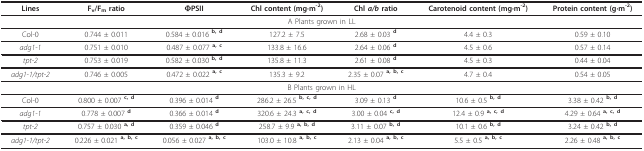
<table><thead><tr><td><b>Lines</b></td><td><b>F<sub>v</sub>/F<sub>m </sub>ratio</b></td><td><b>ΦPSII</b></td><td><b>Chl content (mg·m<sup>-2</sup>)</b></td><td><b>Chl <i>a/b </i>ratio</b></td><td><b>Carotenoid content (mg·m<sup>-2</sup>)</b></td><td><b>Protein content (g·m<sup>-2</sup>)</b></td></tr></thead><tbody><tr><td colspan="7">A Plants grown in LL</td></tr><tr><td>Col-0</td><td>0.744 ± 0.011</td><td>0.584 ± 0.016 <sup><b>b, d</b></sup></td><td>127.2 ± 7.5</td><td>2.68 ± 0.03 <sup><b>d</b></sup></td><td>4.4 ± 0.3</td><td>0.59 ± 0.10</td></tr><tr><td><i>adg1-1</i></td><td>0.751 ± 0.010</td><td>0.487 ± 0.077 <sup><b>a, c</b></sup></td><td>133.8 ± 16.6</td><td>2.64 ± 0.06 <sup><b>d</b></sup></td><td>4.5 ± 0.6</td><td>0.57 ± 0.14</td></tr><tr><td><i>tpt-2</i></td><td>0.753 ± 0.019</td><td>0.582 ± 0.030 <sup><b>b, d</b></sup></td><td>135.8 ± 11.3</td><td>2.61 ± 0.08 <sup><b>d</b></sup></td><td>4.5 ± 0.3</td><td>0.44 ± 0.04</td></tr><tr><td><i>adg1-1/tpt-2</i></td><td>0.746 ± 0.005</td><td>0.472 ± 0.022 <sup><b>a, c</b></sup></td><td>135.3 ± 9.2</td><td>2.35 ± 0.07 <sup><b>a, b, c</b></sup></td><td>4.7 ± 0.4</td><td>0.54 ± 0.05</td></tr><tr><td colspan="7">B Plants grown in HL</td></tr><tr><td>Col-0</td><td>0.800 ± 0.007 <sup><b>c, d</b></sup></td><td>0.396 ± 0.014 <sup><b>d</b></sup></td><td>286.2 ± 26.5 <sup><b>b, c, d</b></sup></td><td>3.09 ± 0.13 <sup><b>d</b></sup></td><td>10.6 ± 0.5 <sup><b>b, d</b></sup></td><td>3.38 ± 0.42 <sup><b>b, d</b></sup></td></tr><tr><td><i>adg1-1</i></td><td>0.778 ± 0.007 <sup><b>d</b></sup></td><td>0.366 ± 0.014 <sup><b>d</b></sup></td><td>320.6 ± 24.3<sup><b> a, c, d</b></sup></td><td>3.00 ± 0.04 <sup><b>c, d</b></sup></td><td>12.4 ± 0.9 <sup><b>a, c, d</b></sup></td><td>4.29 ± 0.64 <sup><b>a, c, d</b></sup></td></tr><tr><td><i>tpt-2</i></td><td>0.757 ± 0.030 <sup><b>a, d</b></sup></td><td>0.359 ± 0.046 <sup><b>d</b></sup></td><td>258.7 ± 9.9<sup><b> a, b, d</b></sup></td><td>3.11 ± 0.07 <sup><b>b, d</b></sup></td><td>10.1 ± 0.6 <sup><b>b, d</b></sup></td><td>3.24 ± 0.42 <sup><b>b, d</b></sup></td></tr><tr><td><i>adg1-1/tpt-2</i></td><td>0.226 ± 0.021 <sup><b>a, b, c</b></sup></td><td>0.056 ± 0.027 <sup><b>a, b, c</b></sup></td><td>103.0 ± 10.8<sup><b> a, b, c</b></sup></td><td>2.13 ± 0.04 <sup><b>a, b, c</b></sup></td><td>5.5 ± 0.5 <sup><b>a, b, c</b></sup></td><td>2.26 ± 0.48 <sup><b>a, b, c</b></sup></td></tr></tbody></table>